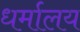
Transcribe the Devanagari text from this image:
धर्मालय